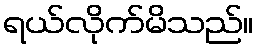
ရယ်လိုက်မိသည်။